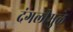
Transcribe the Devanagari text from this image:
दंगलीमुळे